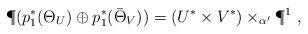
LaTeX: \begin{align*}\P(p_1^*(\Theta_U)\oplus p_1^*(\bar\Theta_V))=(U^*\times V^*)\times_{\alpha'}\P^1\ ,\end{align*}